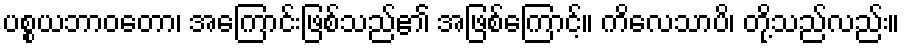
ပစ္စယဘာဝတော၊ အကြောင်းဖြစ်သည်၏ အဖြစ်ကြောင့်။ ကိလေသာပိ၊ တို့သည်လည်း။